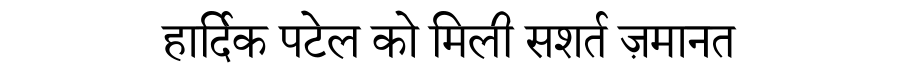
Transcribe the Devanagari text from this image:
हार्दिक पटेल को मिली सशर्त ज़मानत